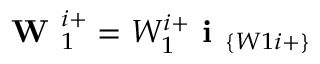
\textbf { W } _ { 1 } ^ { i + } = W _ { 1 } ^ { i + } \textbf { i } _ { \{ W 1 i + \} }